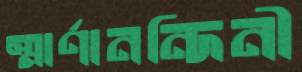
স্মার্ণানন্দিনী